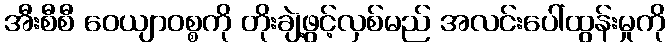
အီးစီစီ ဝေယျာဝစ္စကို တိုးချဲ့ဖွင့်လှစ်မည် အလင်းပေါ်ထွန်းမှုကို